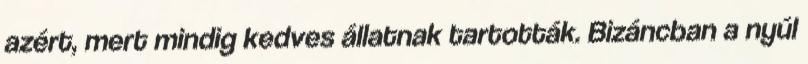
azért, mert mindig kedves állatnak tartották. Bizáncban a nyúl